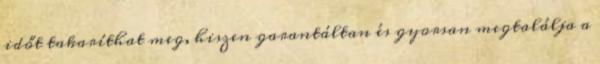
időt takaríthat meg, hiszen garantáltan és gyorsan megtalálja a